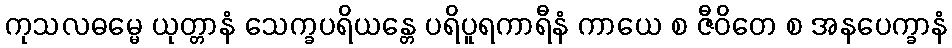
ကုသလဓမ္မေ ယုတ္တာနံ သေက္ခပရိယန္တေ ပရိပူရကာရီနံ ကာယေ စ ဇီဝိတေ စ အနပေက္ခာနံ